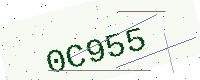
Text: 0C955